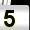
Digit: 5